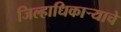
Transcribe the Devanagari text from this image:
जिल्हाधिकाऱ्याचे